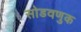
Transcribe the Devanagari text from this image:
सोडवणुक